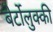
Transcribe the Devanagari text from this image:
बेर्टोलुक्की